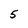
Character: 5